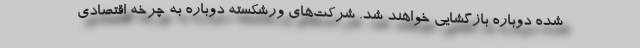
شده دوباره بازگشایی خواهند شد. شرکت‌های ورشکسته دوباره به چرخه اقتصادی